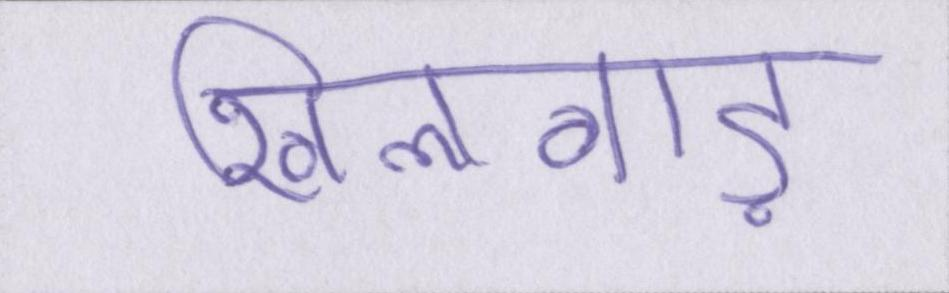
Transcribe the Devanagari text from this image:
खिलवाड़